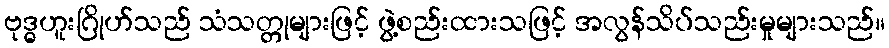
ဗုဒ္ဓဟူးဂြိုဟ်သည် သံသတ္တုများဖြင့် ဖွဲ့စည်းထားသဖြင့် အလွန်သိပ်သည်းမှုများသည်။